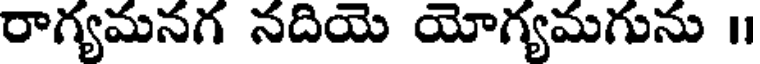
రాగ్యమనగ నదియె యోగ్యమగును ॥